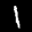
Label: 1